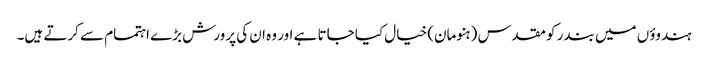
ہندوؤں میں بندر کو مقدس (ہنومان) خیال کیا جاتا ہے اور وہ ان کی پرورش بڑے اہتمام سے کرتے ہیں۔